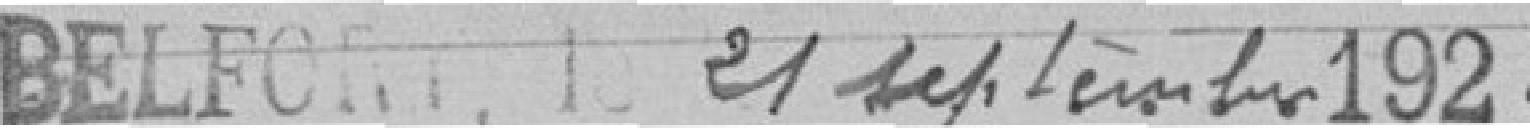
Belfort, le 21 septembre 1922